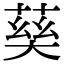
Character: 𡙠